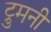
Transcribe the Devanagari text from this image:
ट्रुमनी